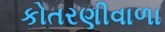
કોતરણીવાળા